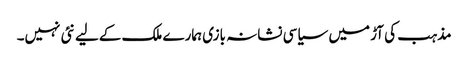
مذہب کی آڑ میں سیاسی نشانہ بازی ہمارے ملک کےلیے نئی نہیں۔